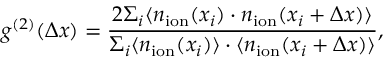
g ^ { ( 2 ) } ( \Delta x ) = \frac { 2 \Sigma _ { i } \langle n _ { \mathrm { i o n } } ( x _ { i } ) \cdot n _ { \mathrm { i o n } } ( x _ { i } + \Delta x ) \rangle } { \Sigma _ { i } \langle n _ { \mathrm { i o n } } ( x _ { i } ) \rangle \cdot \langle n _ { \mathrm { i o n } } ( x _ { i } + \Delta x ) \rangle } ,